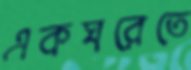
একঘরেতে